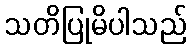
သတိပြုမိပါသည်